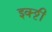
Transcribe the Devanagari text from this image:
इक्ट्ठी